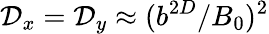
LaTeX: \mathcal D_{x}=\mathcal D_{y}\approx(b^{2D}/B_{0})^{2}